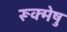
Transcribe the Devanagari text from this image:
रूक्मेषु